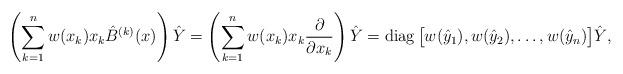
LaTeX: \begin{align*} \left(\sum_{k=1}^nw(x_k)x_k\hat{B}^{(k)}(x)\right)\hat{Y} =\left(\sum_{k=1}^nw(x_k)x_k{\partial\over \partial x_k}\right)\hat{Y} = \operatorname{diag}\big[w(\hat{y}_1),w(\hat{y}_2),\dots,w(\hat{y}_n)\big] \hat{Y}, \end{align*}